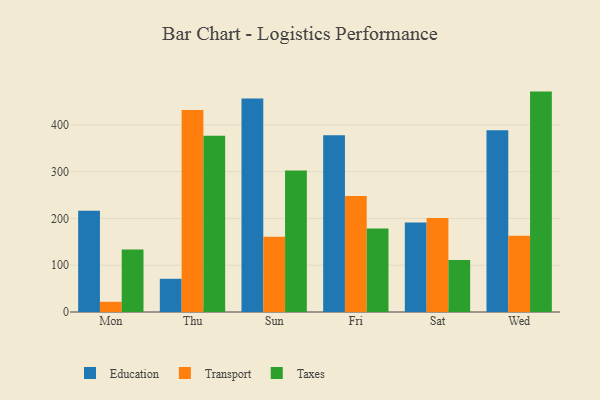
{"axis": {"x": "Day", "y": "Operating Costs (USD K)"}, "legend": ["Education", "Taxes", "Transport"], "data": [{"x": "Mon", "y": 216.4, "type": "Education"}, {"x": "Mon", "y": 21.8, "type": "Transport"}, {"x": "Mon", "y": 133.6, "type": "Taxes"}, {"x": "Thu", "y": 71.0, "type": "Education"}, {"x": "Thu", "y": 432.0, "type": "Transport"}, {"x": "Thu", "y": 376.6, "type": "Taxes"}, {"x": "Sun", "y": 456.4, "type": "Education"}, {"x": "Sun", "y": 161.1, "type": "Transport"}, {"x": "Sun", "y": 302.3, "type": "Taxes"}, {"x": "Fri", "y": 378.1, "type": "Education"}, {"x": "Fri", "y": 248.2, "type": "Transport"}, {"x": "Fri", "y": 178.4, "type": "Taxes"}, {"x": "Sat", "y": 191.4, "type": "Education"}, {"x": "Sat", "y": 201.0, "type": "Transport"}, {"x": "Sat", "y": 111.1, "type": "Taxes"}, {"x": "Wed", "y": 388.7, "type": "Education"}, {"x": "Wed", "y": 162.9, "type": "Transport"}, {"x": "Wed", "y": 471.2, "type": "Taxes"}]}